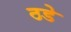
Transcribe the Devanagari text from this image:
ठडे